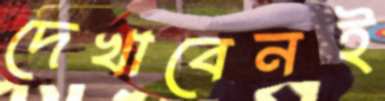
দেখাবেনই